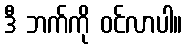
ဒီ ဘက်ကို ဝင်လာပါ။